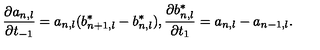
\frac { \partial a _ { n , l } } { \partial t _ { - 1 } } = a _ { n , l } ( b _ { n + 1 , l } ^ { * } - b _ { n , l } ^ { * } ) , \frac { \partial b _ { n , l } ^ { * } } { \partial t _ { 1 } } = a _ { n , l } - a _ { n - 1 , l } .